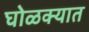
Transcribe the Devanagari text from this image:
घोळक्यात